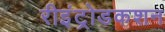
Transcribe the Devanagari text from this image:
रीइंट्रोडकशन